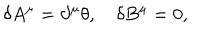
\delta A ^ { \mu } = \partial ^ { \mu } \theta , \quad \delta B ^ { \mu } = 0 ,